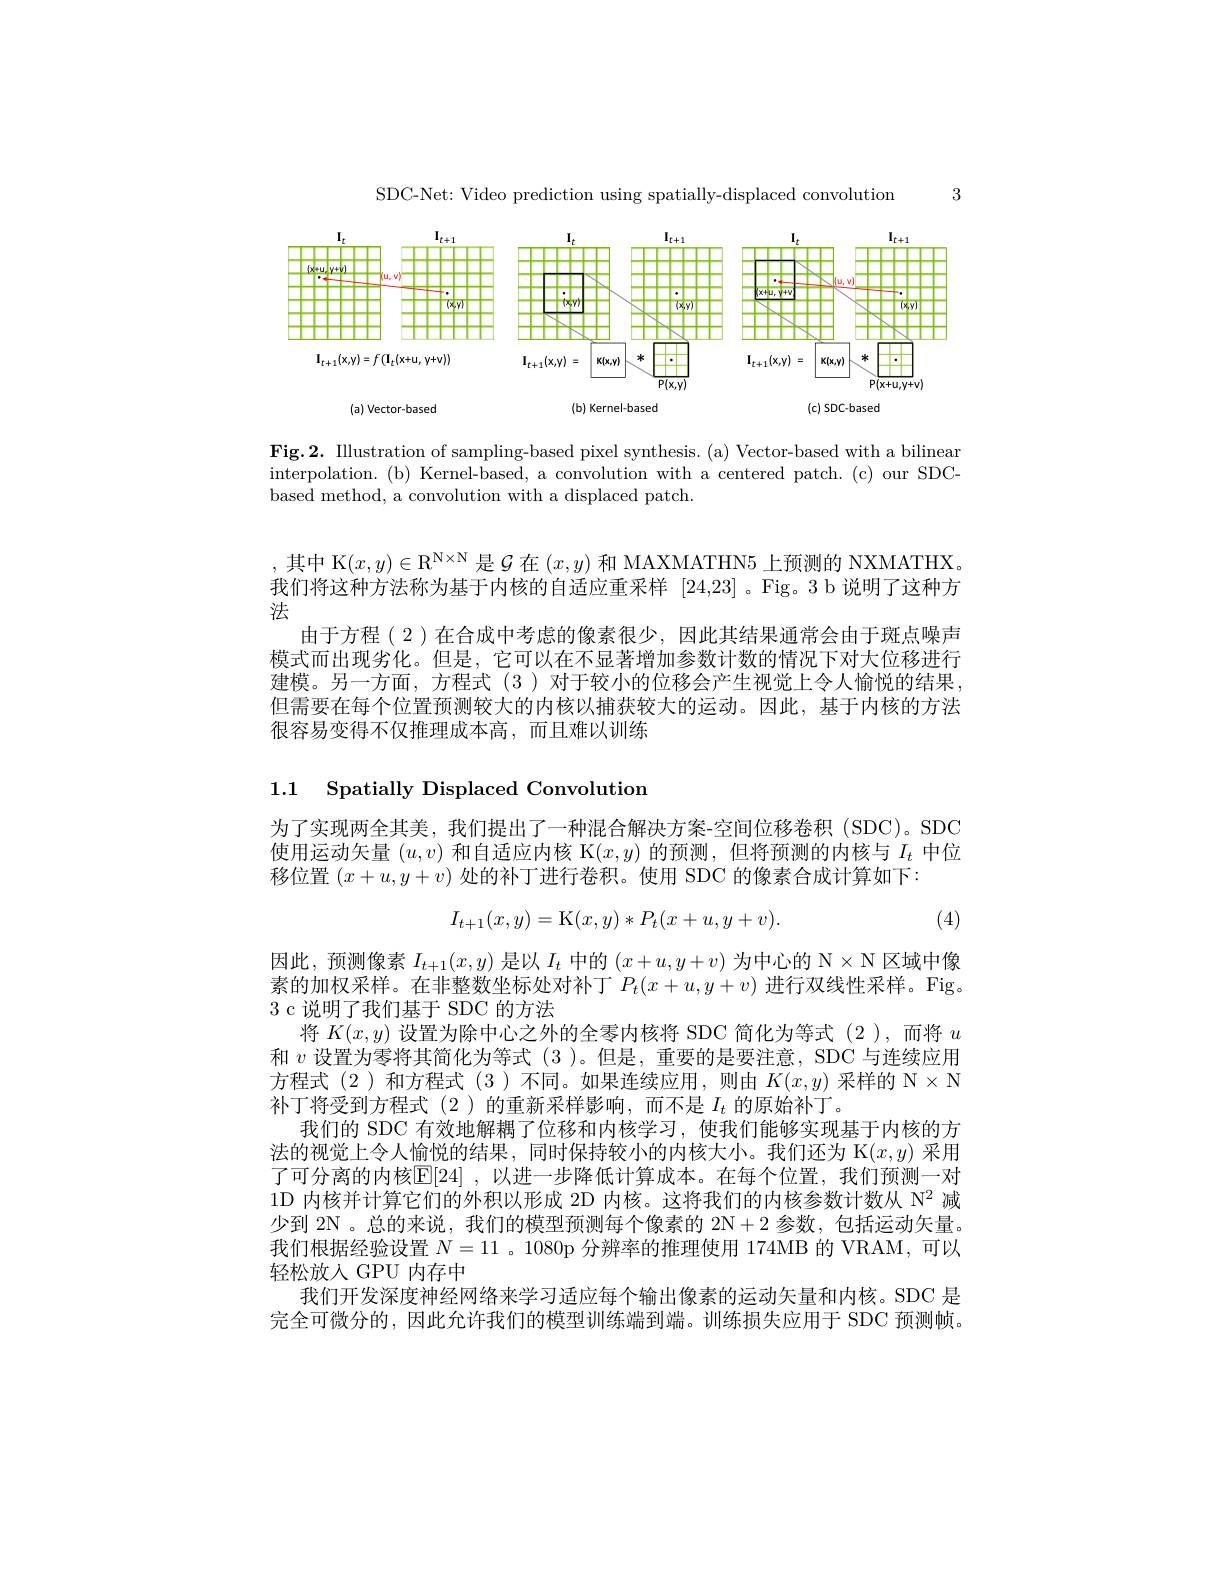
SDC-Net: Video prediction using spatially-displaced convolution

3

<FigureHere>

Fig.2. Illustration of sampling-based pixel synthesis. (a) Vector-based with a bilinear interpolation. (b) Kernel-based, a convolution with a centered patch. (c) our SDCbased method, a convolution with a displaced patch.

,其中 K$(x,y)\in\mathbb{R}^{\mathbb{N}\times\mathbb{N}}$是$\mathcal{G}$在$(x,y)$和 MAXMATHN5 上预测的 NXMATHX。我们将这种方法称为基于内核的自适应重采样[24,23] 。Fig。3 b 说明了这种方法
由于方程(2)在合成中考虑的像素很少，因此其结果通常会由于斑点噪声模式而出现劣化。但是，它可以在不显著增加参数计数的情况下对大位移进行建模。另一方面，方程式 (3 )对于较小的位移会产生视觉上令人愉悦的结果但需要在每个位置预测较大的内核以捕获较大的运动。因此，基于内核的方法很容易变得不仅推理成本高，而且难以训练

## 1.1 Spatially Displaced Convolution

为了实现两全其美，我们提出了一种混合解决方案-空间位移卷积(SDC)。SDC 使用运动矢量$(u,v)$和自适应内核 K$(x,y)$的预测，但将预测的内核与$I_t$中位移位置$(x+u,y+v)$处的补丁进行卷积。使用 SDC 的像素合成计算如下：
$$I_{t+1}(x,y)=\mathrm{K}(x,y)*P_t(x+u,y+v).$$
(4)

因此，预测像素$I_t+1(x,y)$是以$I_t$中的$(x+u,y+v)$为中心的 N$\times\mathbb{N}$区域中像素的加权采样。在非整数坐标处对补丁$P_t(x+u,y+v)$ 进行双线性采样。Fig。3 c 说明了我们基于 SDC 的方法
将$K(x,y)$设置为除中心之外的全零内核将 SDC 简化为等式 (2 ),而将$u$ 和$v$设置为零将其简化为等式 (3 )。但是，重要的是要注意，SDC 与连续应用方程式(2)和方程式(3)不同。如果连续应用，则由$K(x,y)$采样的 N$\times\mathbb{N}$ 补丁将受到方程式(2)的重新采样影响，而不是$I_t$的原始补丁。
我们的 SDC 有效地解耦了位移和内核学习，使我们能够实现基于内核的方法的视觉上令人愉悦的结果，同时保持较小的内核大小。我们还为 K$(x,y)$采用了可分离的内核$\mathbb{E}[24]$ ,以进一步降低计算成本。在每个位置，我们预测一对1D 内核并计算它们的外积以形成 2D 内核。这将我们的内核参数计数从$\mathbb{N}^{2}$减少到 2N 。总的来说，我们的模型预测每个像素的 2N+2 参数，包括运动矢量。我们根据经验设置$N=11$ 。1080p 分辨率的推理使用 174MB 的 VRAM, 可以轻松放入 GPU 内存中
我们开发深度神经网络来学习适应每个输出像素的运动矢量和内核。SDC 是完全可微分的，因此允许我们的模型训练端到端。训练损失应用于 SDC 预测帧